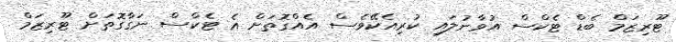
ޓޫރިޒަމް ބެޑް ޓެކްސް އުވާނުލައި ކުރިއެކޭވެސް އެއްގޮތަށް އެ ޓެކްސް ނަގާގޮތަށް ޓޫރިޒަމް